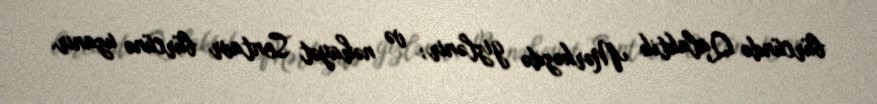
bürcündə Qalaktik Mərkəzdə gizlənir; və nəhayət Sentavr bürcünə uzanır.